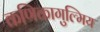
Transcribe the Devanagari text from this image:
कणिकागुल्मिय